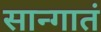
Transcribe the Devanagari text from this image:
सान्गातं